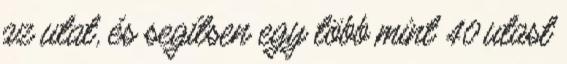
az utat, és segítsen egy több mint 40 utast